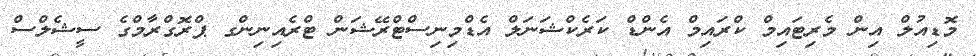
މޮޑިއުލް އިން މެރިޓައިމް ކްރައިމް އެންޑް ކަރެކްޝަނަލް އެޑްމިނިސްޓްރޭޝަން ޓްރެއިނިންގ ޕްރޮގްރާމްގެ ސީޝެލްސް